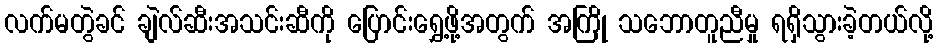
လက်မတွဲခင် ချဲလ်ဆီးအသင်းဆီကို ပြောင်းရွှေ့ဖို့အတွက် အကြို သဘောတူညီမှု ရရှိသွားခဲ့တယ်လို့